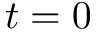
t = 0